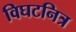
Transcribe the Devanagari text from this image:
विघटनित्र